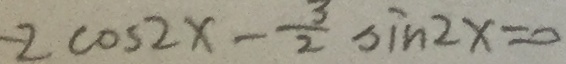
- 2 \cos 2 x - \frac { 3 } { 2 } \sin 2 x = 0